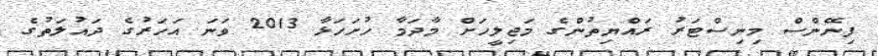
ފިނޭންސް މިނިސްޓަރު ރައްޔިތުންގެ މަޖިލީހަށް މާދަމާ ހުށަހަޅާ 2013 ވަނަ އަހަރުގެ ދައުލަތުގެ